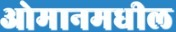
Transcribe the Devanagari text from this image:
ओमानमधील